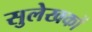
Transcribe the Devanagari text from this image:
सुलेखकों